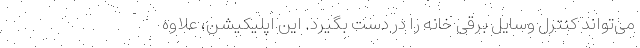
می‌تواند کنترل وسایل برقی خانه را در دست بگیرد. این اپلیکیشن، علاوه